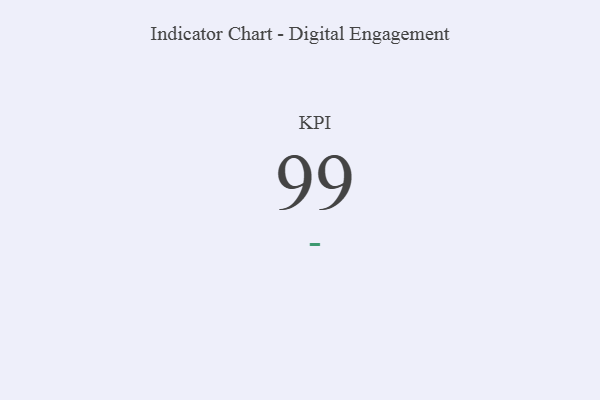
{"axis": {"x": "KPI", "y": "Value"}, "legend": [""], "data": [{"x": "KPI", "y": 99, "type": ""}]}